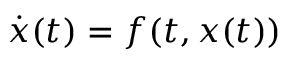
\dot { x } ( t ) = f ( t , x ( t ) )